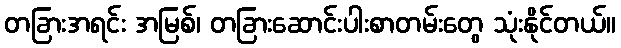
တခြားအရင်း အမြစ်၊ တခြားဆောင်းပါးစာတမ်းတွေ သုံးနိုင်တယ်။